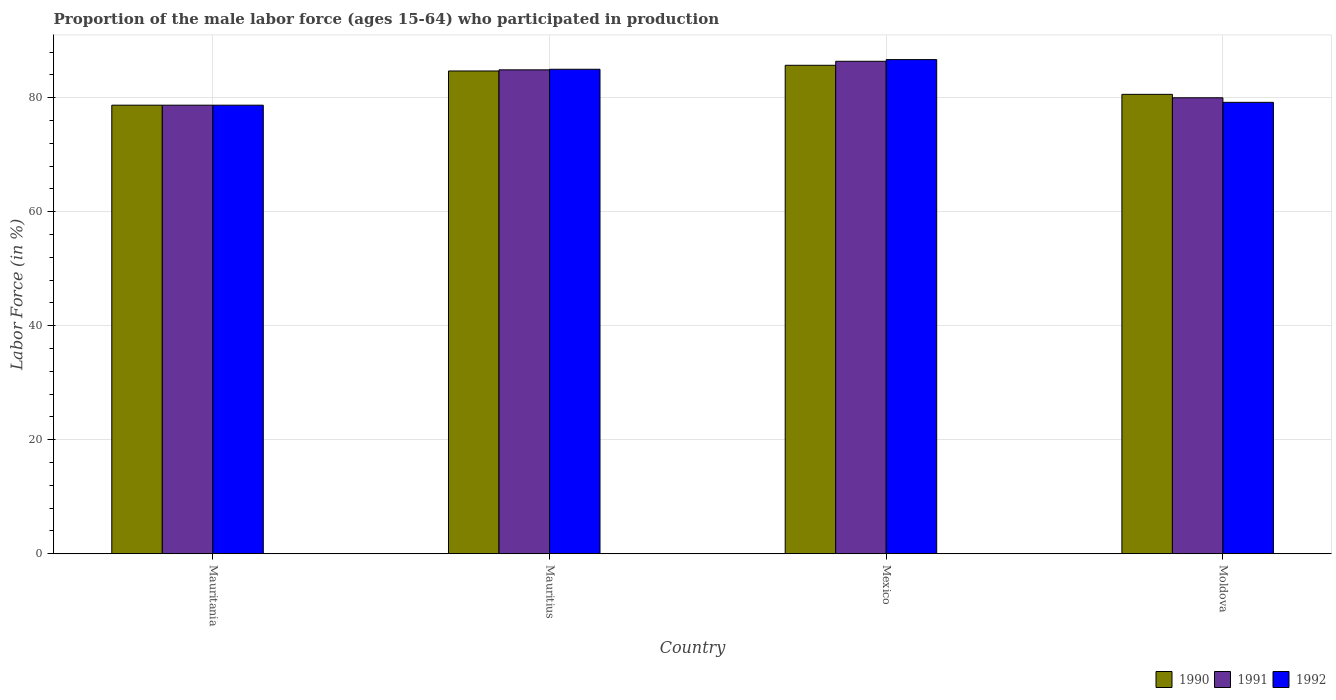
| Country | 1990 | 1991 | 1992 |
 | --- | --- | --- | --- |
 | Mauritania | 78.7 | 78.7 | 78.7 |
 | Mauritius | 84.7 | 84.9 | 85 |
 | Mexico | 85.7 | 86.4 | 86.7 |
 | Moldova | 80.6 | 80 | 79.2 |